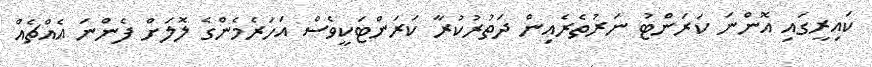
ކައިރީގައި އޮންނަ ކަރަންޓު ނަރުތެރެއިން ދަތުރުކުރާ ކަރަންޓަކީވެސް އަހަރެމެންގެ ލޮލަށް ފެންނަ އެއްޗެއް